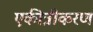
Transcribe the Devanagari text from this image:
एकीत्रीकरण